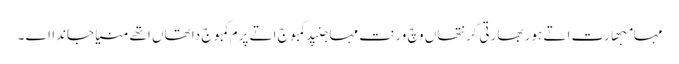
مہامبھارت اتے ہور بھارتی گرنتھاں وچّ ورنت مہاجنپد کمبوج اتے پرم کمبوج دا تھاں اتھے منیا جاندا اے ۔